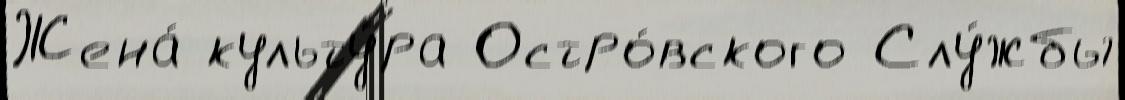
Жена́ культу́ра Остро́вского Слу́жбы